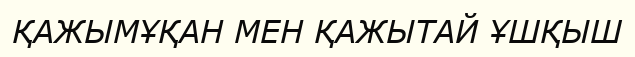
ҚАЖЫМҰҚАН МЕН ҚАЖЫТАЙ ҰШҚЫШ